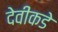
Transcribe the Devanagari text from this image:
देवीकडे